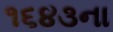
૧૬૪૩ના